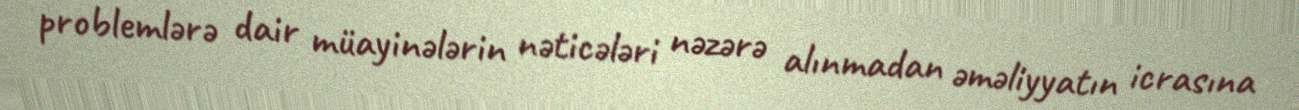
problemlərə dair müayinələrin nəticələri nəzərə alınmadan əməliyyatın icrasına